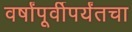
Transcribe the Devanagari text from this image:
वर्षांपूर्वीपर्यंतचा